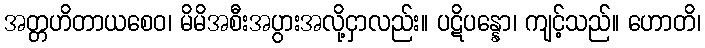
အတ္တဟိတာယစေဝ၊ မိမိအစီးအပွားအလို့ငှာလည်း။ ပဋိပန္နော၊ ကျင့်သည်။ ဟောတိ၊